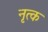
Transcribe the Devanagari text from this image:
नृत्क